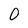
Character: 0